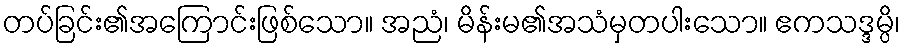
တပ်ခြင်း၏အကြောင်းဖြစ်သော။ အညံ၊ မိန်းမ၏အသံမှတပါးသော။ ဧကသဒ္ဒမ္ပိ၊